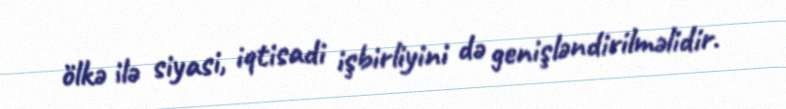
ölkə ilə siyasi, iqtisadi işbirliyini də genişləndirilməlidir.